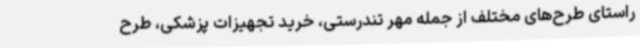
راستای طرح‌های مختلف از جمله مهر تندرستی، خرید تجهیزات پزشکی، طرح